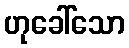
ဟုခေါ်သော